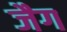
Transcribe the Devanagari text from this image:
जैग